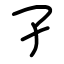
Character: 孑